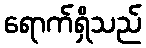
ရောက်ရှိသည်